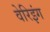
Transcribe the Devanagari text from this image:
वेरिइंग